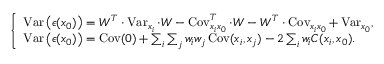
{ \left\{ \begin{array} { l l } { \operatorname { V a r } { \big ( } \epsilon ( x _ { 0 } ) { \big ) } = W ^ { T } \cdot \operatorname { V a r } _ { x _ { i } } \cdot W - \operatorname { C o v } _ { x _ { i } x _ { 0 } } ^ { T } \cdot W - W ^ { T } \cdot \operatorname { C o v } _ { x _ { i } x _ { 0 } } + \operatorname { V a r } _ { x _ { 0 } } , } \\ { \operatorname { V a r } { \big ( } \epsilon ( x _ { 0 } ) { \big ) } = \operatorname { C o v } ( 0 ) + \sum _ { i } \sum _ { j } w _ { i } w _ { j } \operatorname { C o v } ( x _ { i } , x _ { j } ) - 2 \sum _ { i } w _ { i } C ( x _ { i } , x _ { 0 } ) . } \end{array} \right. }